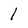
Character: 1